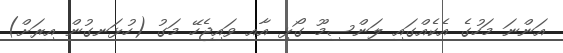
އަންނަ މަހުގެ އެކެއްގައި ލަންސިމޫ ގޯޅި އާއި ވައިޖެހޭ މަގު (ހުޅަނގުން އިރަށް)